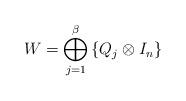
LaTeX: \begin{align*}W=\bigoplus_{j=1}^{\beta} \left\{Q_j \otimes I_n\right\}\end{align*}